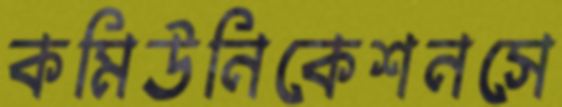
কমিউনিকেশনসে